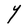
Character: Y